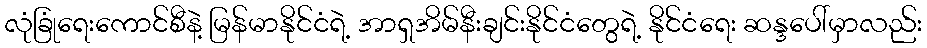
လုံခြုံရေးကောင်စီနဲ့ မြန်မာနိုင်ငံရဲ့ အာရှအိမ်နီးချင်းနိုင်ငံတွေရဲ့ နိုင်ငံရေး ဆန္ဒပေါ်မှာလည်း